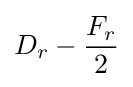
D_{r}-{\frac {F_{r}}{2}}